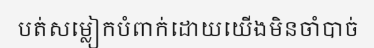
បត់សម្លៀកបំពាក់ដោយយើងមិនចាំបាច់